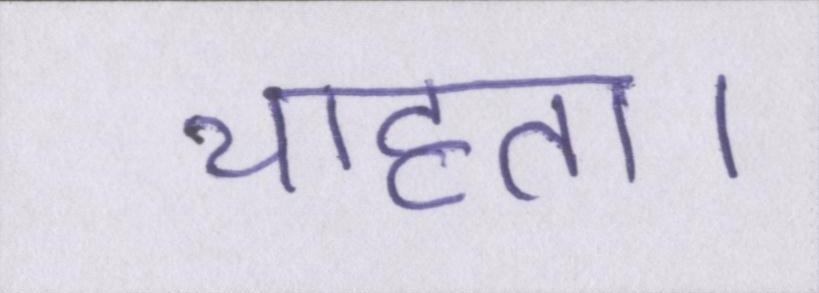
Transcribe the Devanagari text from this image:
चाहता।